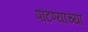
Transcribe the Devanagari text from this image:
पाटण्याच्या